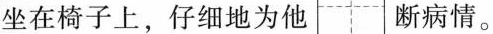
坐在椅子上，仔细地为他 断病情。